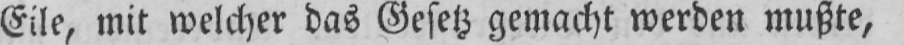
Eile, mit welcher das Gesetz gemacht werden mußte,